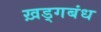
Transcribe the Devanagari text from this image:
ख़ड्गबंध